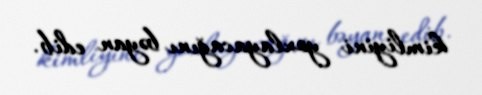
kimliyini yoxlayacağını bəyan edib.